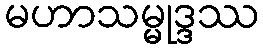
မဟာသမ္မုဒ္ဒဿ